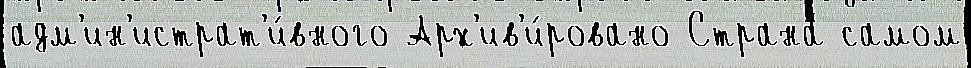
адм'ин'истрат'и́вного Арх'ив'и́ровано Страна́ самом